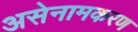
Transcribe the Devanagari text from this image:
असेनामकरण